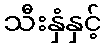
သီးနှံနှင့်